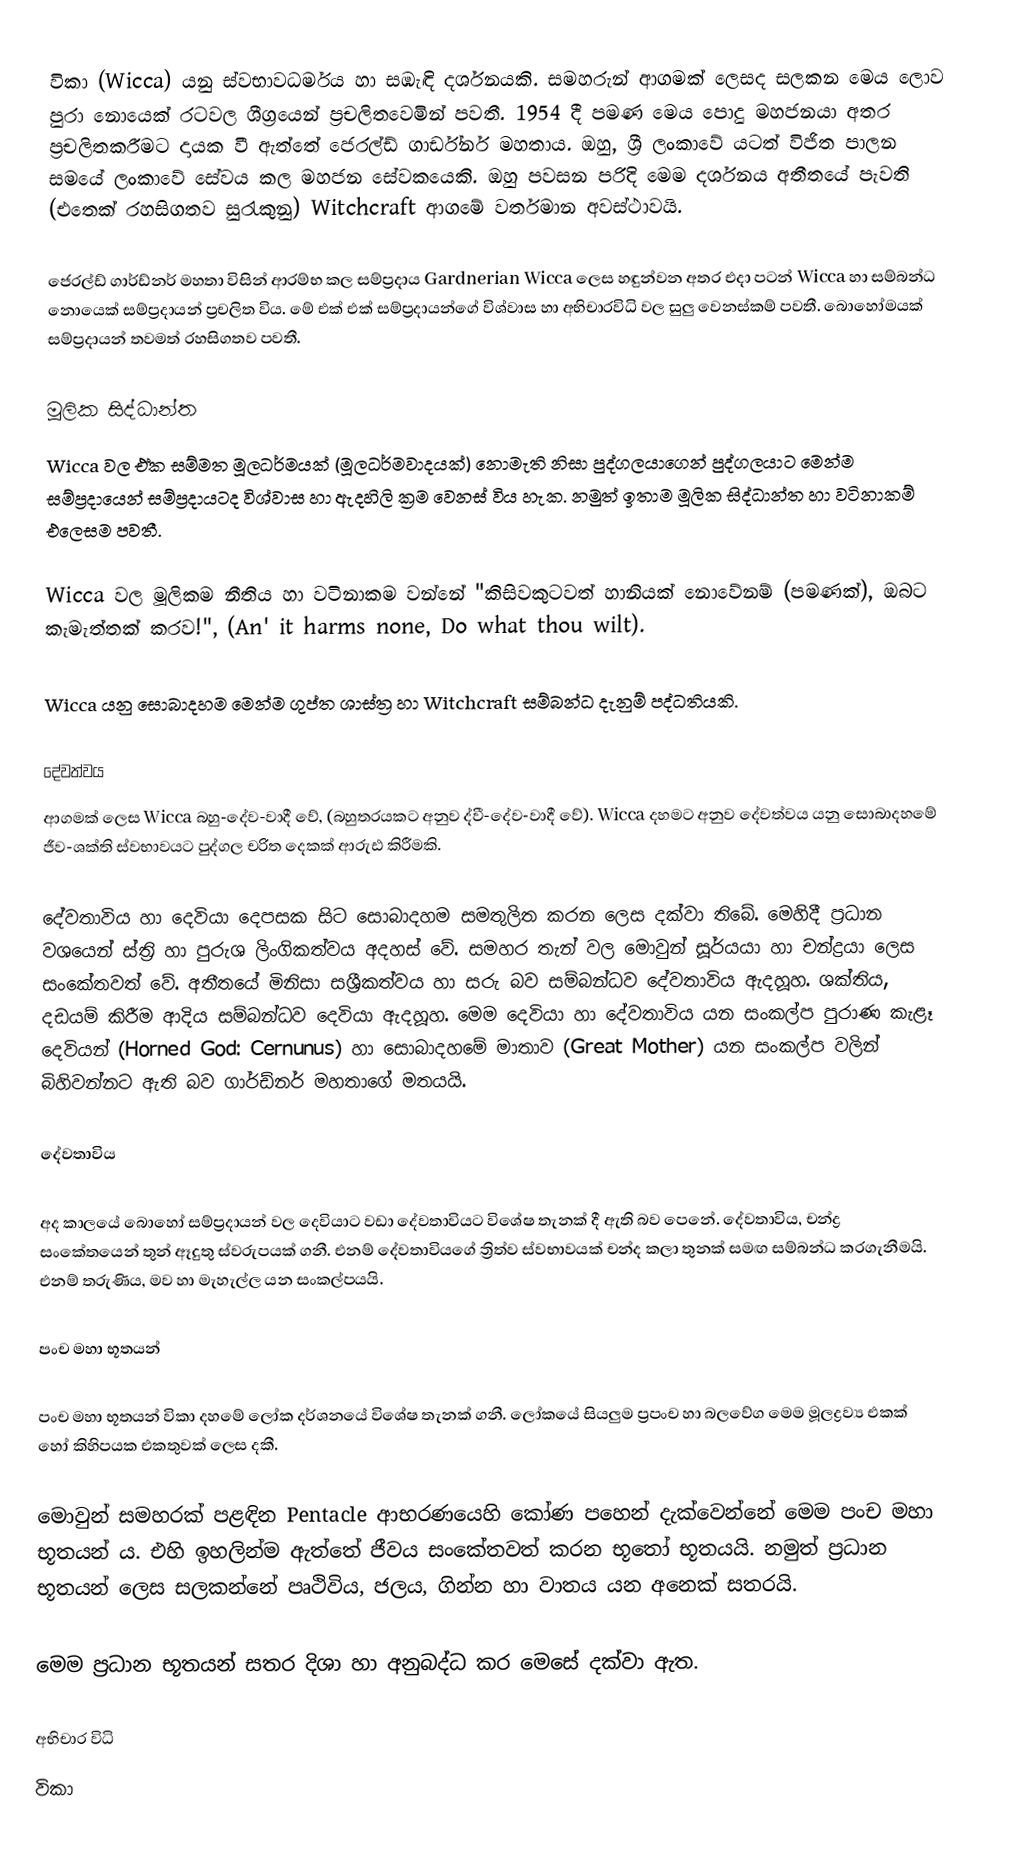
විකා (Wicca) යනු ස්වභාවධර්මය හා සඹැඳි දර්ශනයකි. සමහරුන් ආගමක් ලෙසද සලකන මෙය ලොව පුරා නොයෙක් රටවල ශීග්‍රයෙන් ප්‍රචලිතවෙමින් පවතී. 1954 දී පමණ මෙය පොදු මහජනයා අතර ප්‍රචලිතකරීමට දායක වී ඇත්තේ ජෙරල්ඩ් ගාර්ඩ්නර් මහතාය. ඔහු, ශ්‍රී ලංකාවේ යටත් විජිත පාලන සමයේ ලංකාවේ සේවය කල මහජන සේවකයෙකි. ඔහු පවසන පරිදි මෙම දර්ශනය අතීතයේ පැවති (එතෙක් රහසිගතව සුරැකුනු) Witchcraft ආගමේ වර්තමාන අවස්ථාවයි.

ජෙරල්ඩ් ගාර්ඩ්නර් මහතා විසින් ආරම්භ කල සම්ප්‍රදාය Gardnerian Wicca ලෙස හඳුන්වන අතර එදා පටන් Wicca හා සම්බන්ධ නොයෙක් සම්ප්‍රදායන් ප්‍රචලිත විය. මේ එක් එක් සම්ප්‍රදායන්ගේ විශ්වාස හා අභිචාරවිධි වල සුලු වෙනස්කම් පවතී. බොහෝමයක් සම්ප්‍රදායන් තවමත් රහසිගතව පවතී.

මූලික සිද්ධාන්ත
Wicca වල එ‌්ක සම්මත මූලධර්මයක් (මූලධර්මවාදයක්) නොමැති නිසා පුද්ගලයාගෙන් පුද්ගලයාට මෙන්ම සම්ප්‍රදායෙන් සම්ප්‍රදායටද විශ්වාස හා ඇදහිලි ක්‍රම වෙනස් විය හැක. නමුත් ඉතාම මූලික සිද්ධාන්ත හා වටිනාකම් එලෙසම පවතී.

Wicca වල මූලිකම නීතිය හා වටිනාකම වන්නේ "කිසිවකුටවත් හානියක් නොවේනම් (පමණක්), ඔබට කැමැත්තක් කරව!", (An' it harms none, Do what thou wilt).

Wicca යනු සොබාදහම මෙන්ම ගුප්ත ශාස්ත්‍ර හා Witchcraft සම්බන්ධ දැනුම් පද්ධතියකි.

දේවත්වය
ආගමක් ලෙස Wicca බහු-දේව-වාදී වේ, (බහුතරයකට අනුව ද්වී-දේව-වාදී වේ). Wicca දහමට අනුව දේවත්වය යනු සොබාදහමේ ජීව-ශක්ති ස්වභාවයට පුද්ගල චරිත දෙකක් ආරුඪ කිරීමකි.

දේවතාවිය හා දෙවියා දෙපසක සිට සොබාදහම සමතුලිත කරන ලෙස දක්වා තිබේ. මෙහිදී ප්‍රධාන වශයෙන් ස්ත්‍රි හා පුරුශ ලිංගිකත්වය අදහස් වේ. සමහර තැන් වල මොවුන් සූර්යයා හා චන්ද්‍රයා ලෙස සංකේතවත් වේ. අතීතයේ මිනිසා සශ්‍රීකත්වය හා සරු බව සම්බන්ධව දේවතාවිය ඇදහූහ. ශක්තිය, දඩයම් කිරීම ආදිය සම්බන්ධව දෙවියා ඇදහූහ. මෙම දෙවියා හා දේවතාවිය යන සංකල්ප පුරාණ කැළෑ දෙවියන් (Horned God: Cernunus) හා සොබාදහමේ මාතාව (Great Mother) යන සංකල්ප වලින් බිහිවන්නට ඇති බව ගාර්ඩ්නර් මහතාගේ මතයයි.

දේවතාවිය

අද කාලයේ බොහෝ සම්ප්‍රදායන් වල දෙවියාට වඩා දේවතාවියට විශේෂ තැනක් දී ඇති බව පෙනේ. දේවතාවිය, චන්ද්‍ර සංකේතයෙන් තුන් ඈදුතු ස්වරුපයක් ගනී. එනම් දේවතාවියගේ ත්‍රිත්ව ස්වභාවයක් චන්ද කලා තුනක් සමඟ සම්බන්ධ කරගැනීමයි. එනම් තරුණිය, මව හා මැහැල්ල යන සංකල්පයයි.

පංච මහා භූතයන්

පංච මහා භූතයන් විකා දහමේ ලෝක දර්ශනයේ විශේෂ තැනක් ගනී. ලෝකයේ සියලුම ප්‍රපංච හා බලවේග මෙම මූලද්‍රව්‍ය එකක් හෝ කිහිපයක එකතුවක් ලෙස දකී.

මොවුන් සමහරක්  පළඳින Pentacle ආභරණයෙහි කෝණ පහෙන් දැක්වෙන්නේ මෙම පංච මහා භූතයන් ය. එහි ඉහලින්ම ඇත්තේ ජීවය සංකේතවත් කරන භූතෝ භූතයයි. නමුත් ප්‍රධාන භූතයන් ලෙස සලකන්නේ පෘථිවිය, ජලය, ගින්න හා වාතය යන අනෙක් සතරයි.

මෙම ප්‍රධාන භූතයන් සතර දිශා හා අනුබද්ධ කර මෙසේ දක්වා ඇත.

අභිචාර විධි
විකා